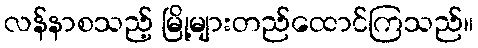
လန်နာစသည့် မြို့များတည်ထောင်ကြသည်။